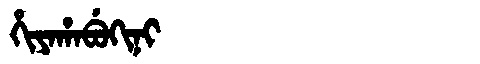
Manchu: ᡥᡳᠶᠠᡥᠠᠪᡠᡴᡳᠨᡳ
Romanization: HIYAHABUKINI